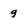
Character: g